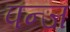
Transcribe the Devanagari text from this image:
पन्ज